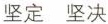
坚定 坚决